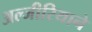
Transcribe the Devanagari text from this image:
अल्जीरियाने